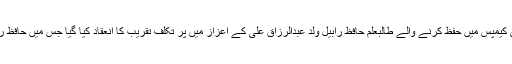
گزشتہ روز دی ایجوکیٹرز بارہ دری کیمپس میں حفظ کرنے والے طالبعلم حافظ رابیل ولد عبدالرزاق علی کے اعزاز میں پر تکلف تقریب کا انعقاد کیا گیا جس میں حافظ رابیل کے والدین نے بھی شرکت کی۔